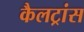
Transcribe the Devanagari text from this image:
कैलट्रांस